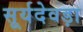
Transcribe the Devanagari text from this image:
सूर्यदेवड़ा